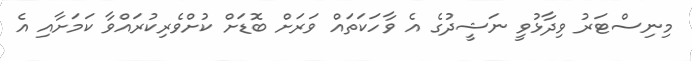
މިނިސްޓަރު ވިދާޅުވީ ނަޝީދުގެ އެ ވާހަކަތައް ވަރަށް ބޮޑަށް ކުށްވެރިކުރައްވާ ކަމަށާއި އެ